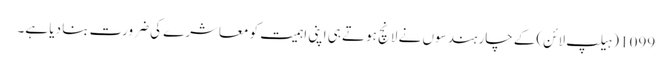
1099 (ہیلپ لائن)کے چار ہندسوں نے لانچ ہوتے ہی اپنی اہمیت کو معاشرے کی ضرورت بنا دیا ہے۔